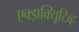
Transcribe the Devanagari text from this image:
एक्झक्यिूटिव्ह